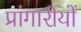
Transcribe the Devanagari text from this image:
प्रांगारीयों